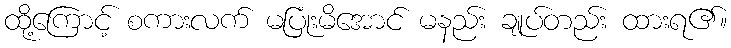
ထို့ကြောင့် စကားလက် မပြုံးမိအောင် မနည်း ချုပ်တည်း ထားရ၏။